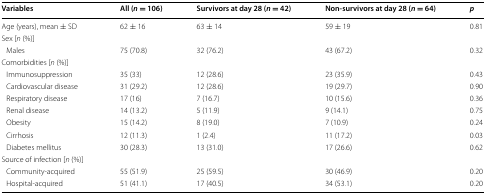
<table><thead><tr><td><b>Variables</b></td><td><b>All (<i>n</i> = 106)</b></td><td><b>Survivors at day 28 (<i>n</i> = 42)</b></td><td><b>Non-survivors at day 28 (<i>n</i> = 64)</b></td><td><b><i>p</i></b></td></tr></thead><tbody><tr><td>Age (years), mean ± SD</td><td>62 ± 16</td><td>63 ± 14</td><td>59 ± 19</td><td>0.81</td></tr><tr><td>Sex [<i>n</i> (%)]</td><td></td><td></td><td></td><td></td></tr><tr><td> Males</td><td>75 (70.8)</td><td>32 (76.2)</td><td>43 (67.2)</td><td>0.32</td></tr><tr><td>Comorbidities [<i>n</i> (%)]</td><td></td><td></td><td></td><td></td></tr><tr><td> Immunosuppression</td><td>35 (33)</td><td>12 (28.6)</td><td>23 (35.9)</td><td>0.43</td></tr><tr><td> Cardiovascular disease</td><td>31 (29.2)</td><td>12 (28.6)</td><td>19 (29.7)</td><td>0.90</td></tr><tr><td> Respiratory disease</td><td>17 (16)</td><td>7 (16.7)</td><td>10 (15.6)</td><td>0.36</td></tr><tr><td> Renal disease</td><td>14 (13.2)</td><td>5 (11.9)</td><td>9 (14.1)</td><td>0.75</td></tr><tr><td> Obesity</td><td>15 (14.2)</td><td>8 (19.0)</td><td>7 (10.9)</td><td>0.24</td></tr><tr><td> Cirrhosis</td><td>12 (11.3)</td><td>1 (2.4)</td><td>11 (17.2)</td><td>0.03</td></tr><tr><td> Diabetes mellitus</td><td>30 (28.3)</td><td>13 (31.0)</td><td>17 (26.6)</td><td>0.62</td></tr><tr><td>Source of infection [<i>n</i> (%)]</td><td></td><td></td><td></td><td></td></tr><tr><td> Community-acquired</td><td>55 (51.9)</td><td>25 (59.5)</td><td>30 (46.9)</td><td>0.20</td></tr><tr><td> Hospital-acquired</td><td>51 (41.1)</td><td>17 (40.5)</td><td>34 (53.1)</td><td>0.20</td></tr></tbody></table>